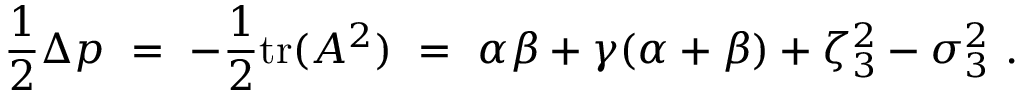
\frac 1 2 \Delta p \ = \ - \frac 1 2 \mathrm { t r } ( A ^ { 2 } ) \ = \ \alpha \beta + \gamma ( \alpha + \beta ) + \zeta _ { 3 } ^ { 2 } - \sigma _ { 3 } ^ { 2 } ~ .